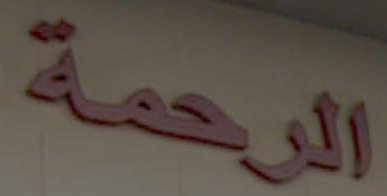
الرحمة